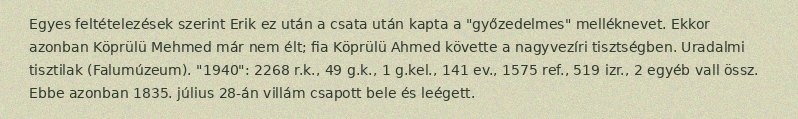
Egyes feltételezések szerint Erik ez után a csata után kapta a "győzedelmes" melléknevet. Ekkor azonban Köprülü Mehmed már nem élt; fia Köprülü Ahmed követte a nagyvezíri tisztségben. Uradalmi tisztilak (Falumúzeum). "1940": 2268 r.k., 49 g.k., 1 g.kel., 141 ev., 1575 ref., 519 izr., 2 egyéb vall össz. Ebbe azonban 1835. július 28-án villám csapott bele és leégett.